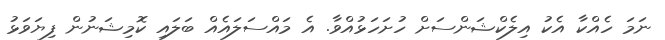
ނަމަ ހެއްކާ އެކު އިލެކްޝަންސަށް ހުށަހަޅުއްވާ. އެ މައްސަލައެއް ބަލައި ކޮމިޝަނުން ފިޔަވަޅު